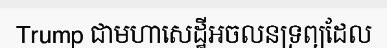
Trump ជាមហាសេដ្ឋីអចលនទ្រព្យដែល